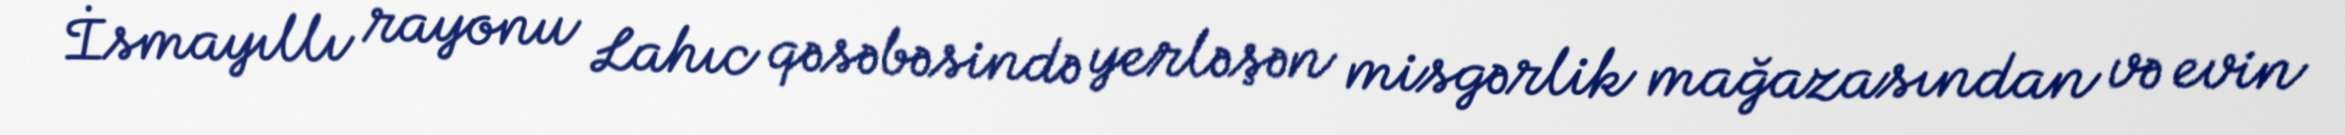
İsmayıllı rayonu Lahıc qəsəbəsində yerləşən misgərlik mağazasından və evin